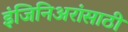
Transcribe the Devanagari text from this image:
इंजिनिअरांसाठी